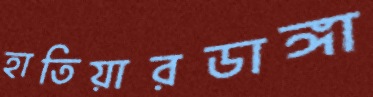
হাতিয়ারডাঙ্গা